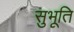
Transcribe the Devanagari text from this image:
सुभूति